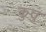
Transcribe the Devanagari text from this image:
कुतु